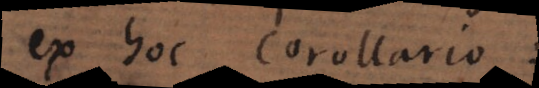
ex hoc Corollario: